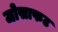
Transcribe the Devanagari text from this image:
जोसाफट